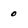
Character: 0